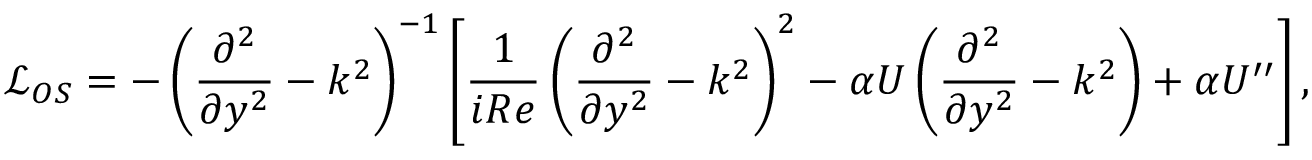
\mathcal { L } _ { O S } = - \left( \frac { \partial ^ { 2 } } { \partial y ^ { 2 } } - k ^ { 2 } \right) ^ { - 1 } \left[ \frac { 1 } { i R e } \left( \frac { \partial ^ { 2 } } { \partial y ^ { 2 } } - k ^ { 2 } \right) ^ { 2 } - \alpha U \left( \frac { \partial ^ { 2 } } { \partial y ^ { 2 } } - k ^ { 2 } \right) + \alpha U ^ { \prime \prime } \right] \mathrm { , }